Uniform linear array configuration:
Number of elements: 24
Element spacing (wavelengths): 0.25
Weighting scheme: hamming
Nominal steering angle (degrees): -30
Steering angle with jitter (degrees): -28.608
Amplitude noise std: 0.05
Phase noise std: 0.05

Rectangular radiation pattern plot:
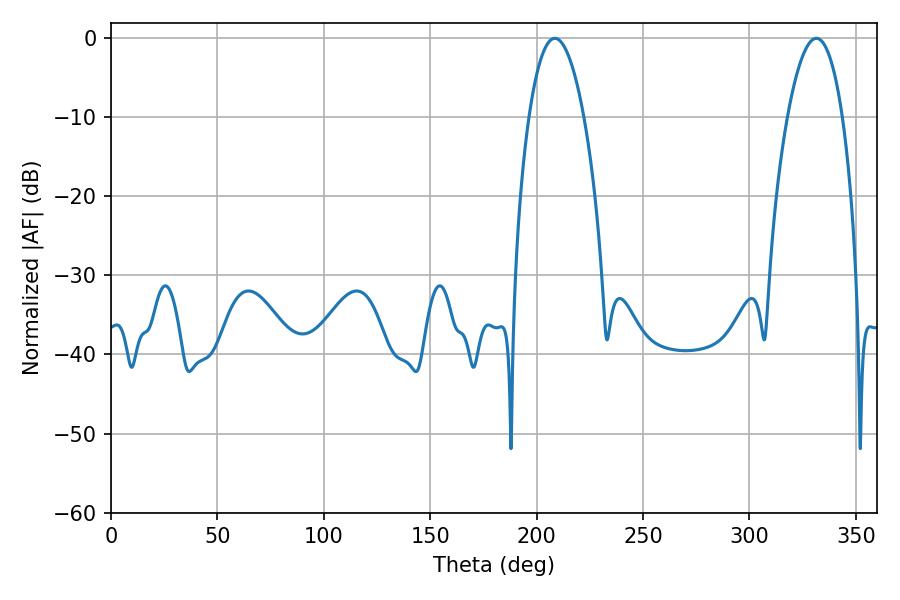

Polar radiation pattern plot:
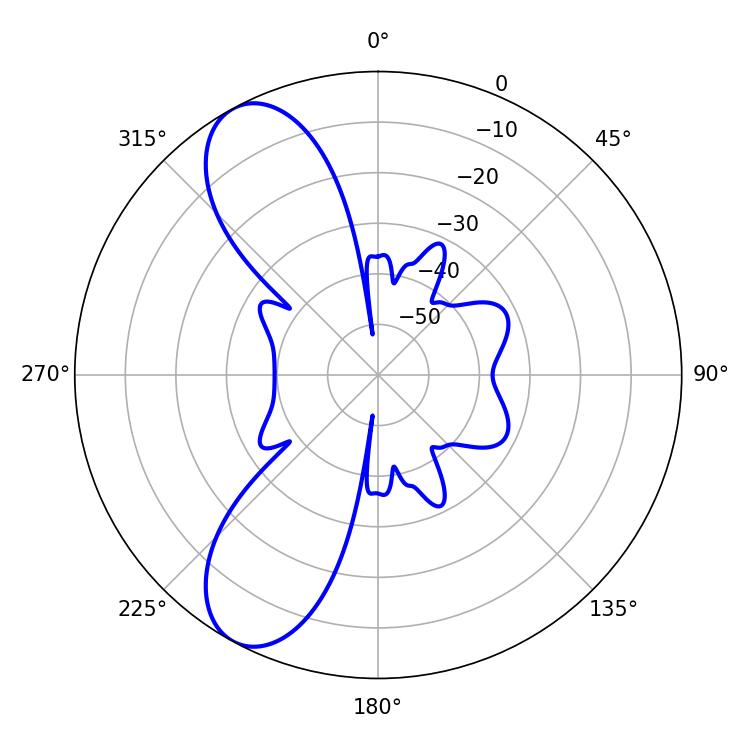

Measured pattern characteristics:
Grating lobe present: FALSE
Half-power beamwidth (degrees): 14.4
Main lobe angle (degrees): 208.62